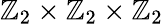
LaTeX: \mathbb{Z}_{2}\times\mathbb{Z}_{2}\times\mathbb{Z}_{2}